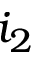
i _ { 2 }